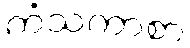
ကံသကာစာ